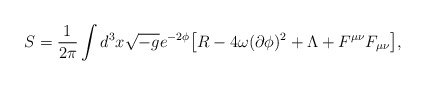
\begin{align*}S=\frac{1}{2\pi} \int d^3x \sqrt{-g} e^{-2\phi} {\bigl [} R - 4 \omega ( \partial \phi)^2 + \Lambda + F^{\mu \nu}F_{\mu \nu} {\bigr ]}, \end{align*}